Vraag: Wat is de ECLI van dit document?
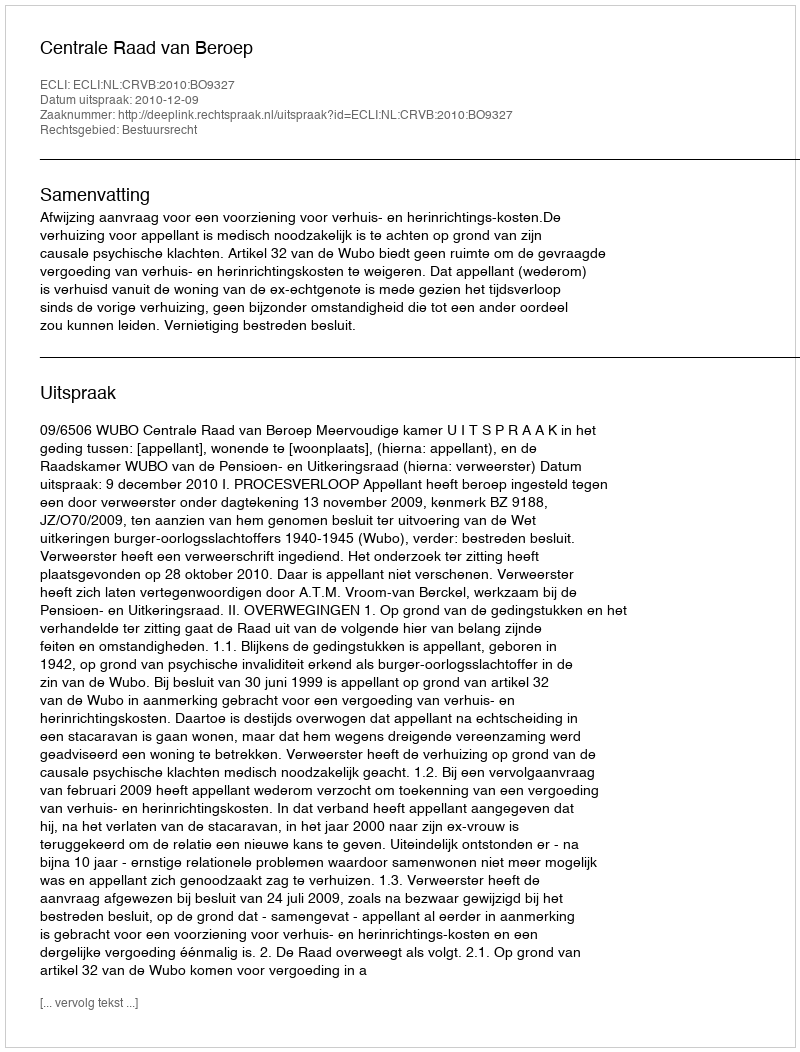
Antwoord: ECLI:NL:CRVB:2010:BO9327